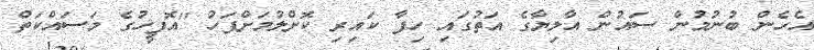
އެހެން ބުނުމުން ސައުން އާލިޔާގެ އަތުގައި ހިފާ ކައިރި ކޮށްލުމަށްފަހު ''އޮފީހުގެ މަސައްކަތް